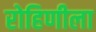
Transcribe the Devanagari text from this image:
रोहिणीला